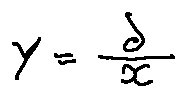
y = \frac { d } { x }